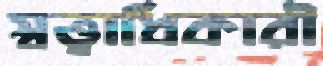
স্বত্ত্বাধিকারী